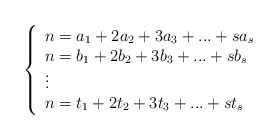
\begin{align*}\left\{\begin{array}{l}n= a_{1}+2a_{2}+3a_{3}+...+sa_{s} \\n=b_{1}+2b_{2}+3b_{3}+...+sb_{s} \\\vdots \\n=t_{1}+2t_{2}+3t_{3}+...+st_{s}\\\end{array}\right.\end{align*}